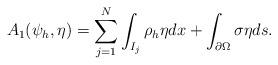
LaTeX: \begin{align*}A_1(\psi_h, \eta) =\sum_{j=1}^N\int_{I_j} \rho_h \eta dx+ \int_{\partial \Omega} \sigma \eta ds.\end{align*}